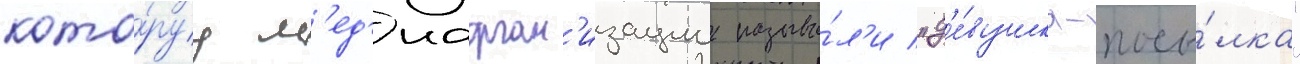
кото́руу м'ед'иаорган'изации называ́л'и "д'е́вушка-посы́лка"